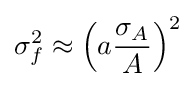
\sigma _{f}^{2}\approx \left(a{\frac {\sigma _{A}}{A}}\right)^{2}